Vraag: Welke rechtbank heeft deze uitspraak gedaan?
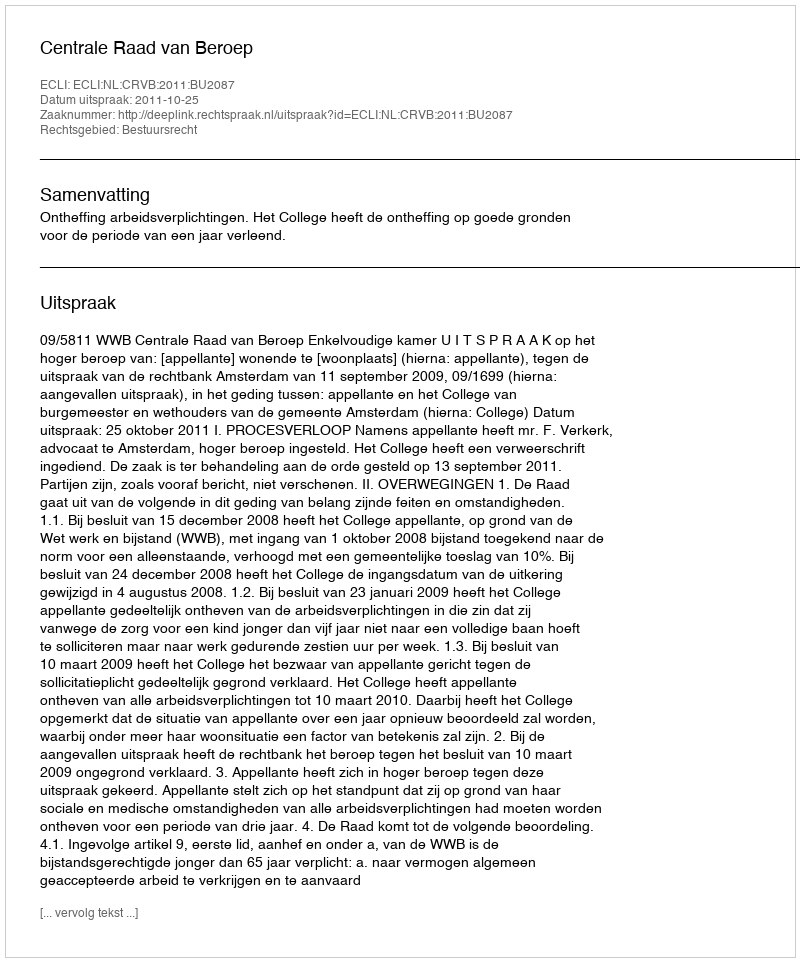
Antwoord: Centrale Raad van Beroep